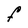
Character: F